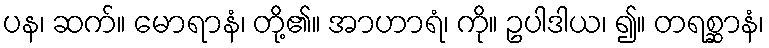
ပန၊ ဆက်။ မောရာနံ၊ တို့၏။ အာဟာရံ၊ ကို။ ဥပါဒါယ၊ ၍။ တရစ္ဆာနံ၊